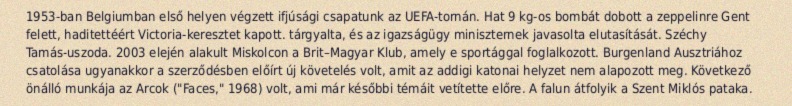
1953-ban Belgiumban első helyen végzett ifjúsági csapatunk az UEFA-tornán. Hat 9 kg-os bombát dobott a zeppelinre Gent felett, haditettéért Victoria-keresztet kapott. tárgyalta, és az igazságügy miniszternek javasolta elutasítását. Széchy Tamás-uszoda. 2003 elején alakult Miskolcon a Brit–Magyar Klub, amely e sportággal foglalkozott. Burgenland Ausztriához csatolása ugyanakkor a szerződésben előírt új követelés volt, amit az addigi katonai helyzet nem alapozott meg. Következő önálló munkája az Arcok ("Faces," 1968) volt, ami már későbbi témáit vetítette előre. A falun átfolyik a Szent Miklós pataka.